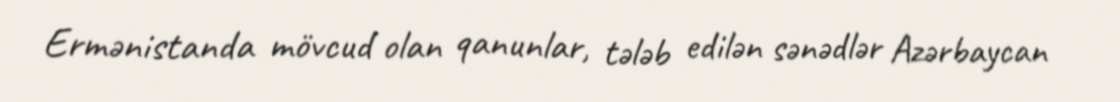
Ermənistanda mövcud olan qanunlar, tələb edilən sənədlər Azərbaycan